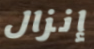
إنزال